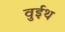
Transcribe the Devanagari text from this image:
वुईथ